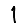
Digit: 1